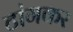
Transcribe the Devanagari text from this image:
टांगकर